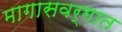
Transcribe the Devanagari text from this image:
मागासवर्गात